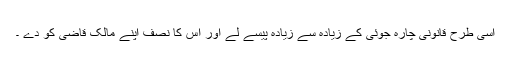
اسی طرح قانونی چارہ جوئی کے زیادہ سے زیادہ پیسے لے اور اس کا نصف اپنے مالک قاضی کو دے ۔